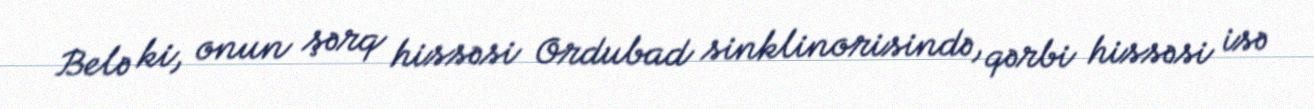
Belə ki, onun şərq hissəsi Ordubad sinklinorisində, qərbi hissəsi isə